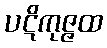
ပဋိကုဇ္ဇထ